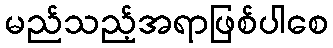
မည်သည့်အရာဖြစ်ပါစေ